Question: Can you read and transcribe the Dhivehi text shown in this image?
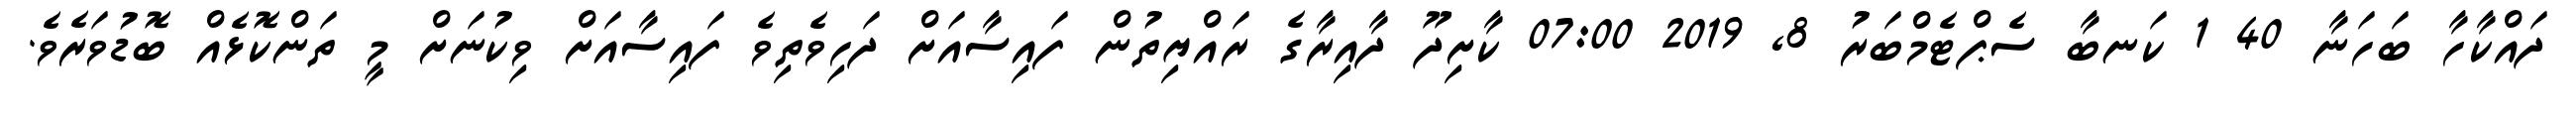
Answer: ދައްކާހާ ބަހަނާ 40 1 ކަނބާ ސެޕްޓެމްބަރު 8, 2019 07:00 ކާށިދޫ ދާއިރާގެ ރައްޔިތުން ފައިސާއަށް ދަހިވެތިވެ ފައިސާއަށް ވިކުނަށް މީ ތަންކޮޅެއް ބޮޑުވަރެވެ.